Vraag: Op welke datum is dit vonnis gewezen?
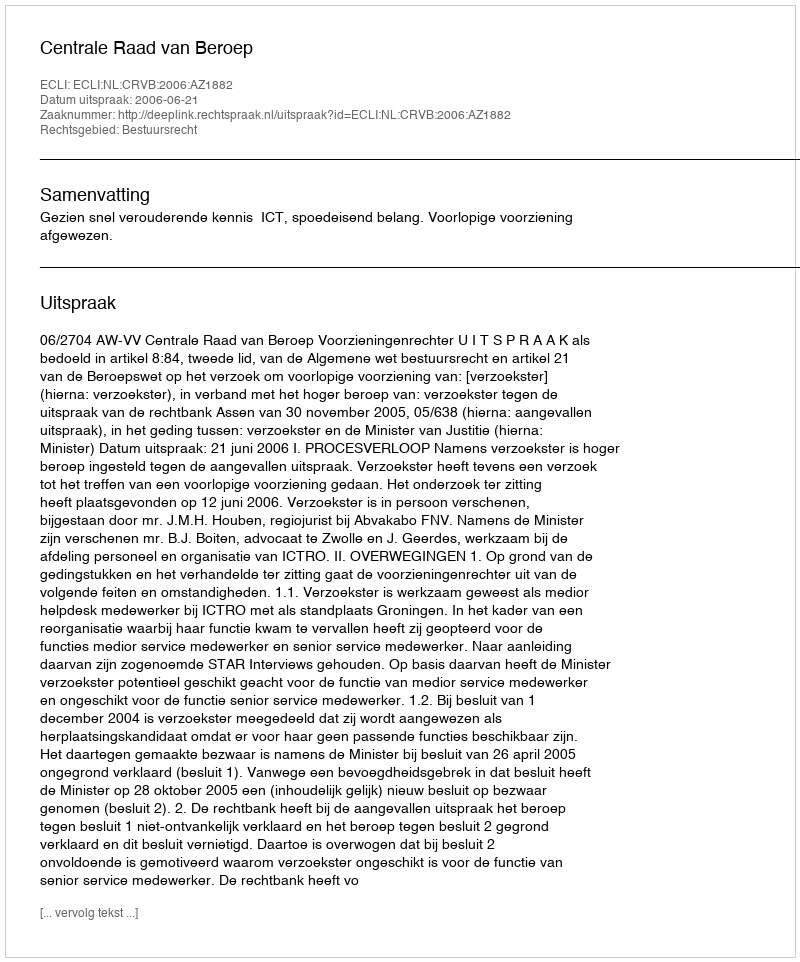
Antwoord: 2006-06-21